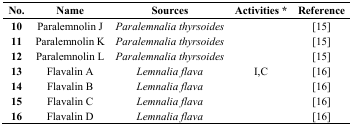
<table><thead><tr><td><b>No.</b></td><td><b>Name</b></td><td><b>Sources</b></td><td><b>Activities *</b></td><td><b>Reference</b></td></tr></thead><tbody><tr><td><b>10</b></td><td>Paralemnolin J</td><td><i>Paralemnalia thyrsoides</i></td><td></td><td>[15]</td></tr><tr><td><b>11</b></td><td>Paralemnolin K</td><td><i>Paralemnalia thyrsoides</i></td><td></td><td>[15]</td></tr><tr><td><b>12</b></td><td>Paralemnolin L</td><td><i>Paralemnalia thyrsoides</i></td><td></td><td>[15]</td></tr><tr><td><b>13</b></td><td>Flavalin A</td><td><i>Lemnalia flava</i></td><td>I,C</td><td>[16]</td></tr><tr><td><b>14</b></td><td>Flavalin B</td><td><i>Lemnalia flava</i></td><td></td><td>[16]</td></tr><tr><td><b>15</b></td><td>Flavalin C</td><td><i>Lemnalia flava</i></td><td></td><td>[16]</td></tr><tr><td><b>16</b></td><td>Flavalin D</td><td><i>Lemnalia flava</i></td><td></td><td>[16]</td></tr></tbody></table>